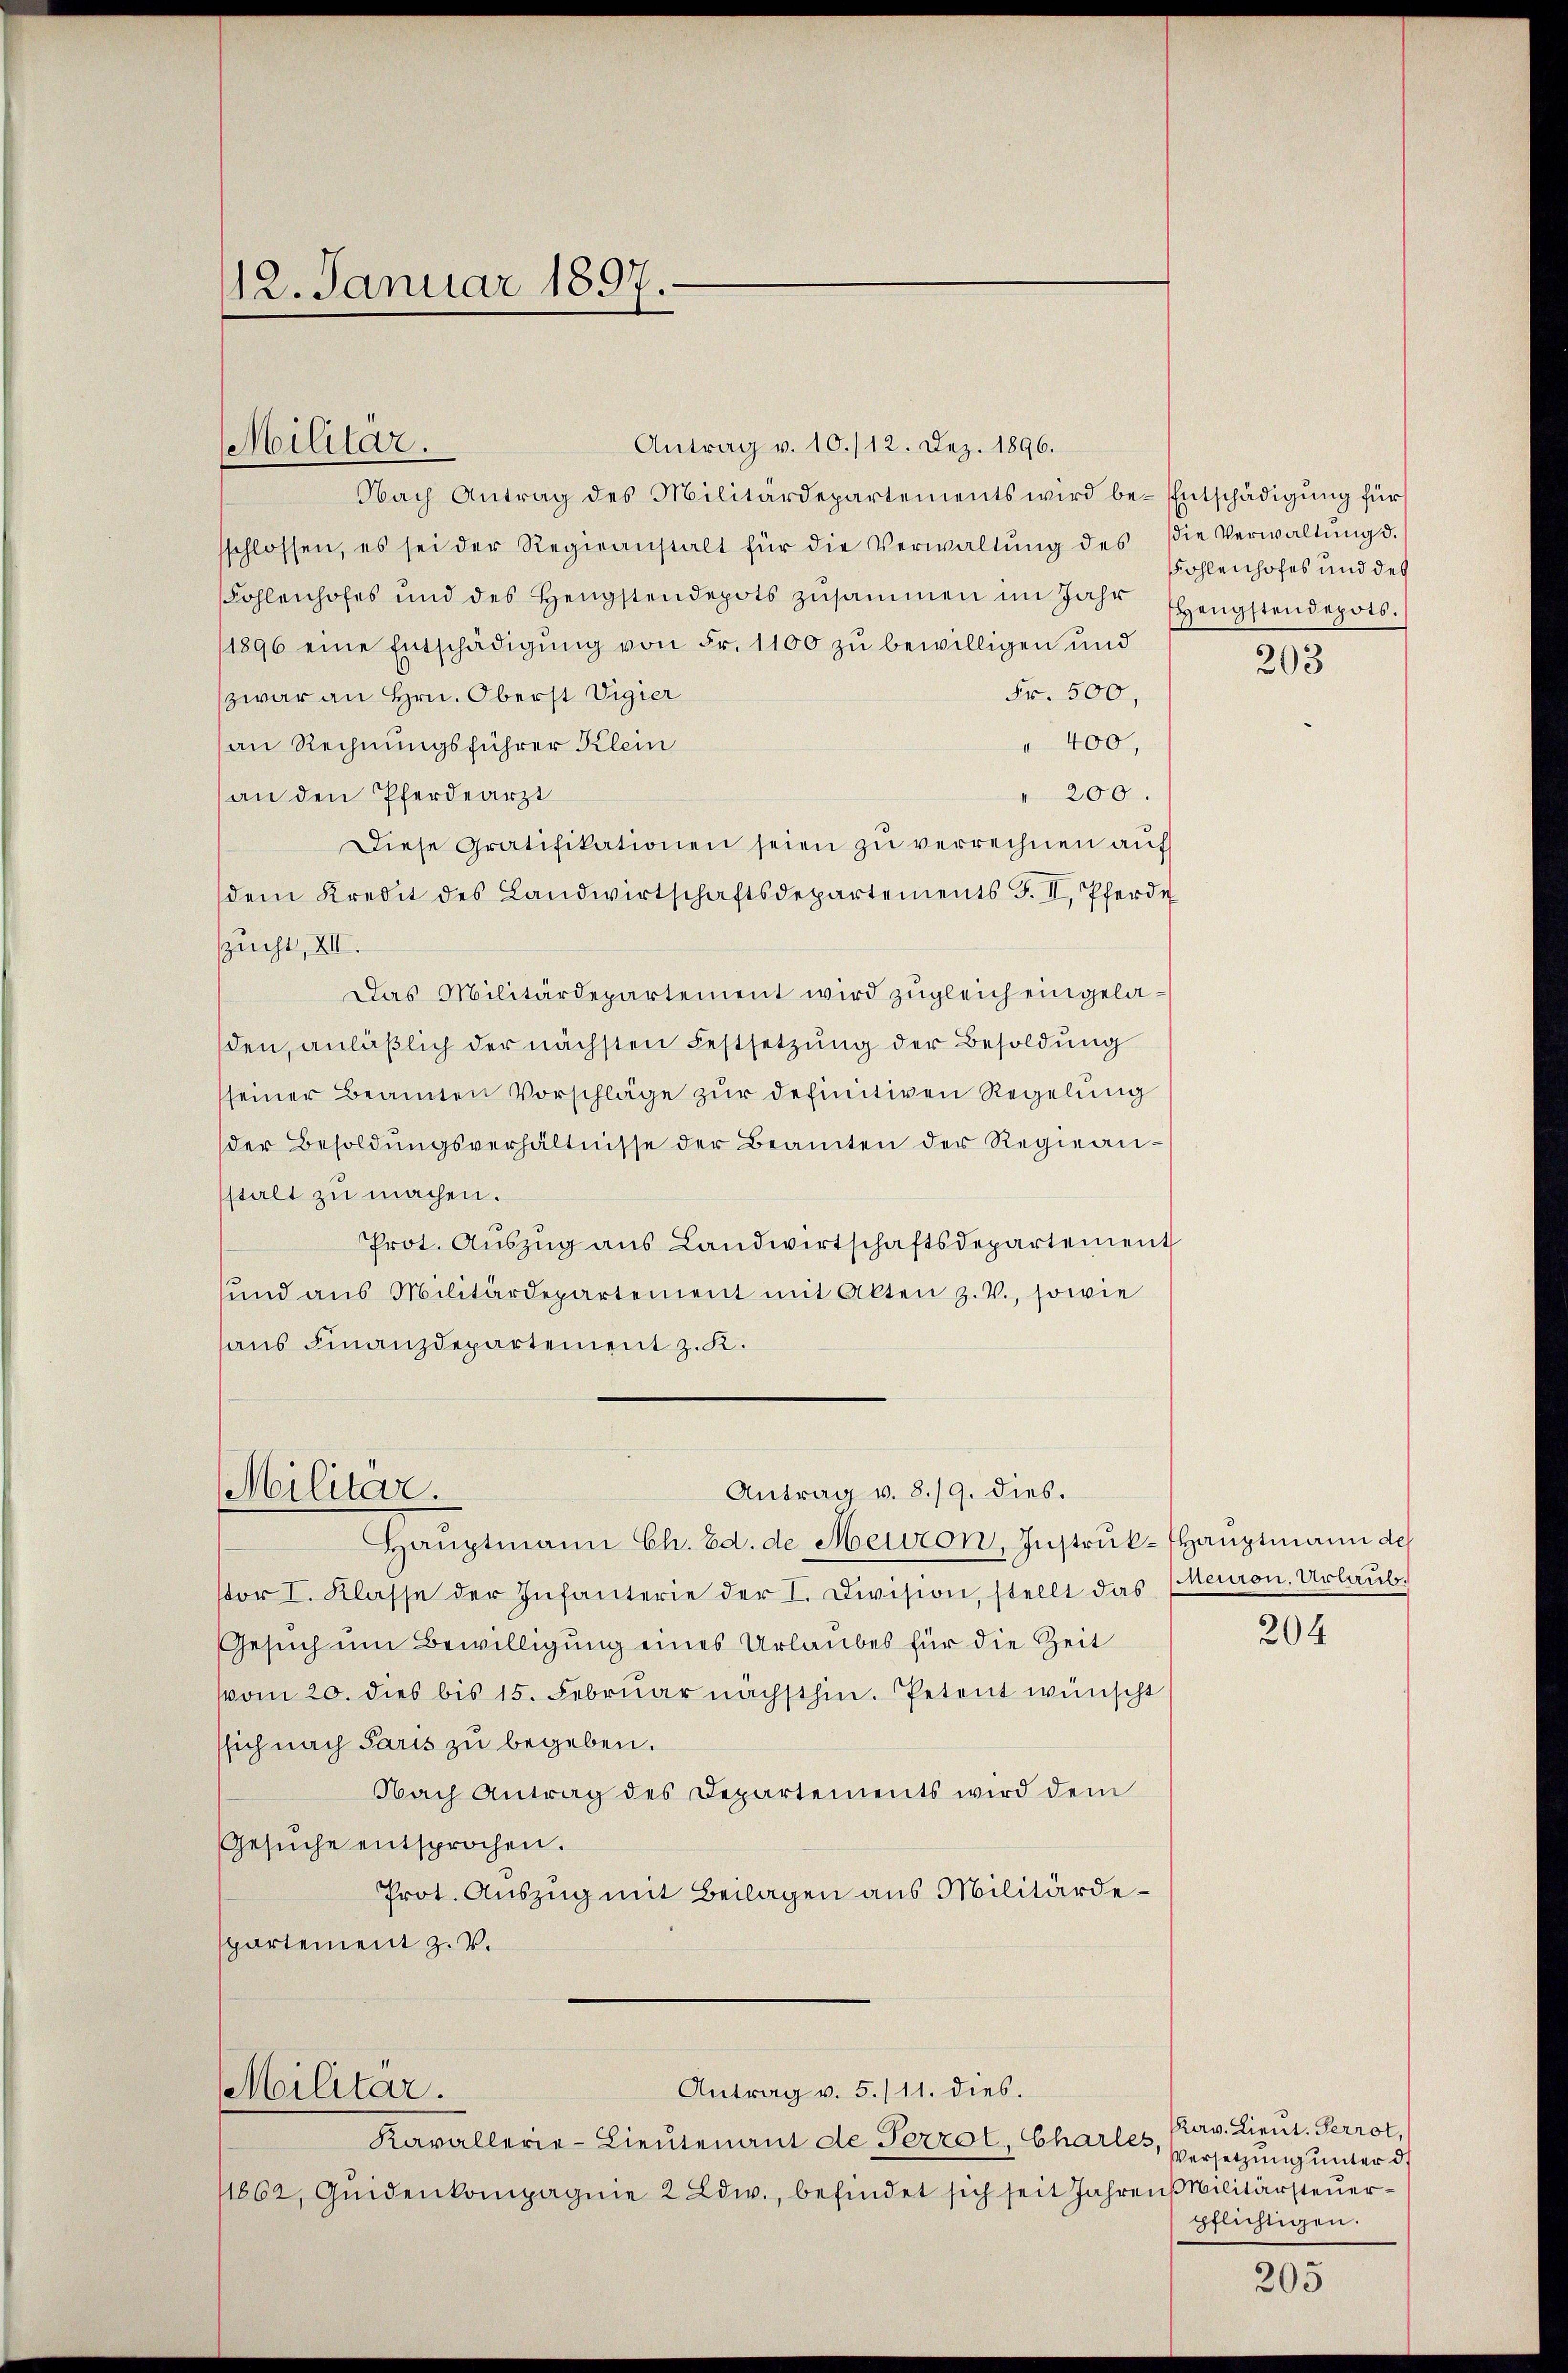
12. Januar 1897.

Militar.

Antrag v. 10./12. Dez. 1896.
Nach Antrag des Militärdepartements wird be- Entschädigung für
sschlossen, es sei der Regieanstalt für die Verwaltŭng des Die Verwaltŭng d.
Fohlenhofes und des Hengstendepots zusammen im Jahr
1896 eine Entschädigung von Fr. 1100 zu bewilligen und
Fr. 500,
zwar an Hrn. Oberst Vigier
an Rechnungsführer Klein
" 400,
an den Pferdearzt
" 200.
Diese Gratifikationen seien zŭ verrechnen aŭf
dem Kredit des Landwirtschaftsdepartements S. II. Pferde
szucht, XII.
Das Militärdepartement wird zugleich eingeladen, anläßlich der nächsten Festsetzung der Besoldung
seiner Beamten Vorschläge zur definitiven Regelung
der Besoldŭngsverhältnisse der Beamten der Regiean-
stalt zu machen.
Prot. Auszug aus Landwirtschaftsdepartement
ŭnd aus Militärdepartement mit Alten z. V., sowie
haus Finanzdepartement z. K.
Militär.
Antrag v. 8./9. dies.
Hauptmann Ch. Bd. de Helion, Instruk-Thauptmann de
or I. Klasse der Infanterie der I. Division, stellt das Meuron. Urlaub.
Gesuch um Bewilligung eines Urlaubes für die Zeit
vom 20. dies bis 15. Februar nächsthin. Petent wünscht
sich nach Paris zu begeben.
Nach Antrag des Departements wird dem
Gesŭche entsprochen.
Prot. Auszug mit Beilagen aus Militärdespartement z. V.
Antrag v. 5./11. dies.
Militar.
Kavallerie-Lieutenaus de Perrot, Charles,
11862, Qŭidenkompagnie 2 Edw., befindet sich seit Jahren Militärsteuer¬

Sohlenhofes und des
Hengstendepots.

203

204

Rerv. Lieut. Perrot,
Versetzung unter d
pflichtigen.

205